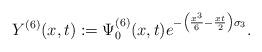
LaTeX: \begin{align*}Y^{(6)}(x,t) := \Psi_{0}^{(6)}(x,t)e^{-\left(\frac{x^3}{6} -\frac{xt}{2}\right)\sigma_3}.\end{align*}